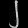
Digit: ၂